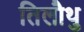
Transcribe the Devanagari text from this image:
तिलौथु